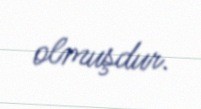
olmuşdur.